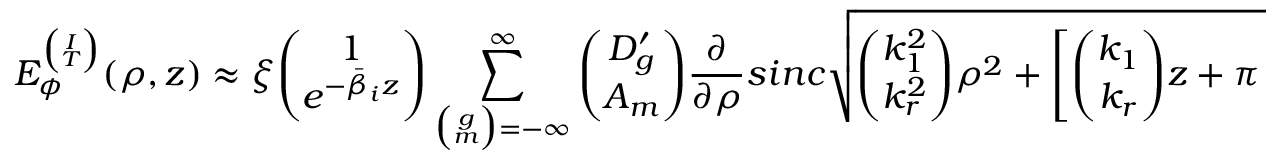
E _ { \phi } ^ { \binom { I } { T } } ( \rho , z ) \approx \xi { \binom { 1 } { e ^ { - \bar { \beta } _ { i } z } } } \sum _ { { \binom { g } { m } } = - \infty } ^ { \infty } { \binom { D _ { g } ^ { \prime } } { A _ { m } } } \frac { \partial } { \partial \rho } s i n c \sqrt { { \binom { k _ { 1 } ^ { 2 } } { k _ { r } ^ { 2 } } } \rho ^ { 2 } + \left[ { \binom { k _ { 1 } } { k _ { r } } } z + \pi { \binom { g } { m } } \right] ^ { 2 } }